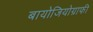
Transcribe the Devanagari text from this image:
बायोजियोग्राफी